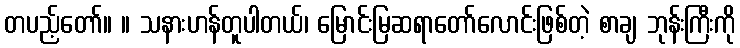
တပည့်တော်။ ။ သနားဟန်တူပါတယ်၊ မြောင်းမြဆရာတော်လောင်းဖြစ်တဲ့ စာချ ဘုန်းကြီးကို